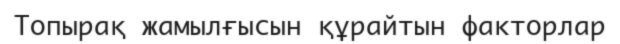
Топырақ жамылғысын құрайтын факторлар